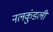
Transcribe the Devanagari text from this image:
नलकुंडली